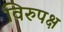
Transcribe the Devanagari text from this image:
विरुपक्ष